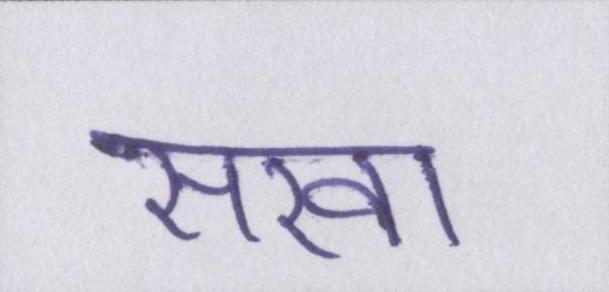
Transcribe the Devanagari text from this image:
सखा